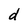
Character: d